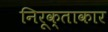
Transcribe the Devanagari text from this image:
निरूक्ताकार